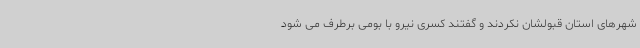
شهرهای استان قبولشان نکردند و گفتند کسری نیرو با بومی برطرف می شود